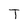
Character: T